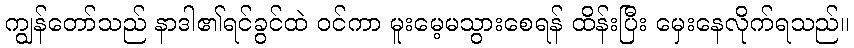
ကျွန်တော်သည် နာဒါ၏ရင်ခွင်ထဲ ဝင်ကာ မူးမေ့မသွားစေရန် ထိန်းပြီး မှေးနေလိုက်ရသည်။